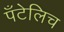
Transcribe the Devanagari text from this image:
पँटेलिच